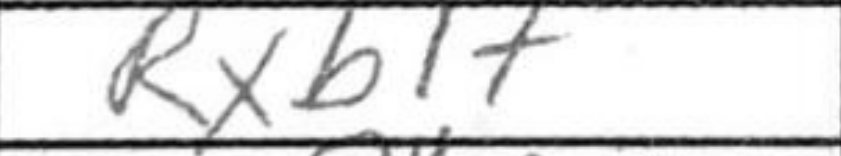
Transcription: Rxb1+